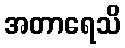
အတာရေသိ